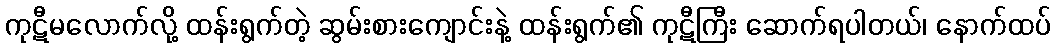
ကုဋီမလောက်လို့ ထန်းရွက်တဲ့ ဆွမ်းစားကျောင်းနဲ့ ထန်းရွက်၏ ကုဋီကြီး ဆောက်ရပါတယ်၊ နောက်ထပ်